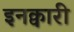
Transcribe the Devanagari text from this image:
इनक्वारी